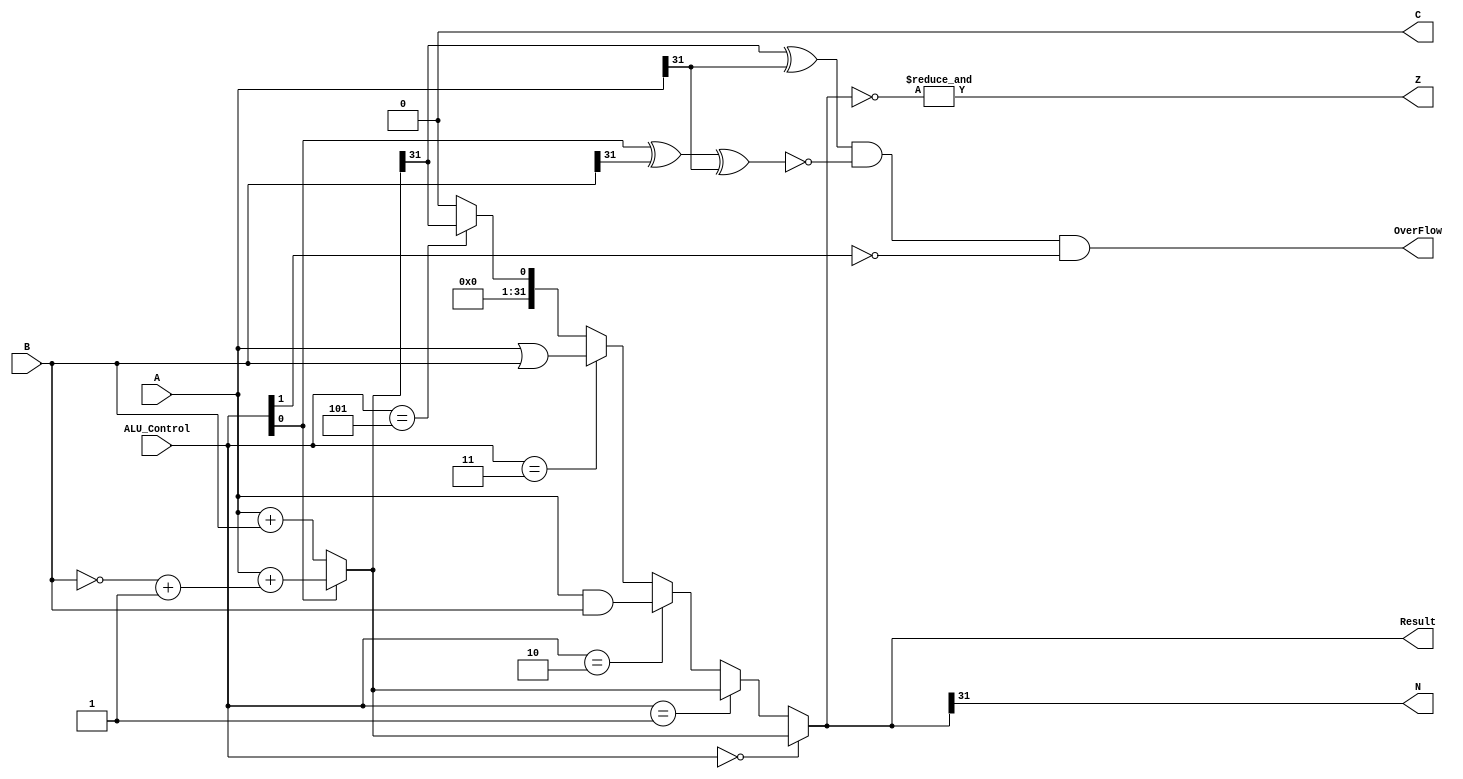
`timescale 1ns / 1ps
//////////////////////////////////////////////////////////////////////////////////
// Company: 
// Engineer: 
// 
// Design Name: 
// Module Name: ALU_mod
// Project Name: 
// Target Devices: 
// Tool Versions: 
// Description: 
// 
// Dependencies: 
// 
// Revision:
// Revision 0.01 - File Created
// Additional Comments:
// 
//////////////////////////////////////////////////////////////////////////////////
//C = Carry,Z = Zero, N = Negative

module ALU_mod(A,B,Result,ALU_Control,OverFlow,C,Z,N);

    input [31:0]A,B;
    input [2:0]ALU_Control;
    output C,OverFlow,Z,N;
    output [31:0]Result;

    wire Cout;
    wire [31:0]Sum;

    assign Sum = (ALU_Control[0] == 1'b0) ? A + B :
                                          (A + ((~B)+1)) ;
    assign {Cout,Result} = (ALU_Control == 3'b000) ? Sum :
                           (ALU_Control == 3'b001) ? Sum :
                           (ALU_Control == 3'b010) ? A & B :
                           (ALU_Control == 3'b011) ? A | B :
                           (ALU_Control == 3'b101) ? {{32{1'b0}},(Sum[31])} :
                           {33{1'b0}};
    assign OverFlow = ((Sum[31] ^ A[31]) & 
                      (~(ALU_Control[0] ^ B[31] ^ A[31])) &
                      (~ALU_Control[1]));
    assign C = ((~ALU_Control[1]) & Cout);
    assign Z = &(~Result);
    assign N = Result[31];

endmodule